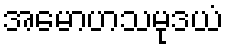
အမောဟသမုဒယံ